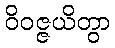
ဝိဝဇ္ဇယိတွာ